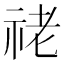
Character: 𥙕